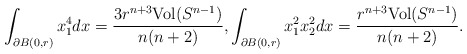
\begin{align*}\int_{\partial B(0,r)}x_{1}^{4}dx=\frac{3r^{n+3}\mathrm{Vol}(S^{n-1})}{n(n+2)},\int_{\partial B(0,r)}x_{1}^{2}x_{2}^{2}dx=\frac{r^{n+3}\mathrm{Vol}(S^{n-1})}{n(n+2)}.\end{align*}